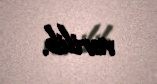
verilib.